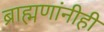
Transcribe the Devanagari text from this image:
ब्राह्मणांनीही